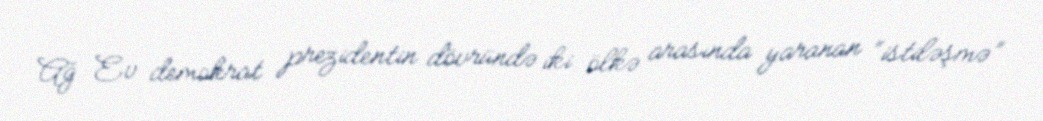
Ağ Ev demokrat prezidentin dövründə iki ölkə arasında yaranan “istiləşmə”